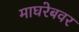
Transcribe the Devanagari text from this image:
माघरेबवर